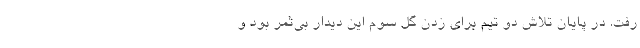
رفت. در پایان تلاش دو تیم برای زدن گل‌ سوم این دیدار بی‌ثمر بود و